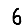
Digit: 6